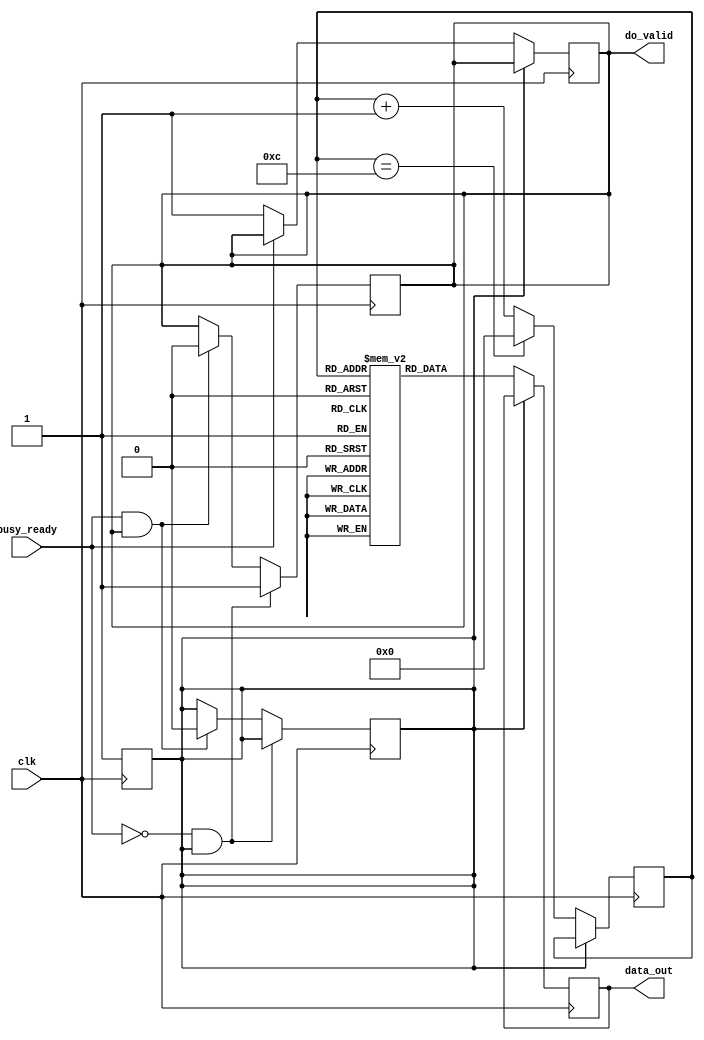
// ls_source.v
//
// lock-step data source
//

`default_nettype none

/**
       +--------------------+
       | source             |
       |                    |   Nd
------>|clk         data_out|---/-->
       |                    |
       |            do_valid|------>
       |                    |
       |         busy/_ready|<------
       |                    |
       +--------------------+
**/

module source #(
  parameter              Nd = 8           // number of data bits
) (
  input                  clk,             // clock signal

  output        [Nd-1:0] data_out,        // output data
  output                 do_valid,        // output valid
  input                  busy_ready       // 1=busy, 0=ready
);

  reg full = 1'b0;
  reg [Nd-1:0] data;
  reg valid = 1'b0;
  wire busy;

  assign data_out = data;
  assign do_valid = valid;
  assign busy = busy_ready;

  localparam N = 4;
  reg [7:0] msg [0:(1<<N)-1];
  reg [N-1:0] index = 0;
  initial
    begin
      msg[0] = "L";
      msg[1] = "o";
      msg[2] = "r";
      msg[3] = "e";
      msg[4] = "m";
      msg[5] = " ";
      msg[6] = "I";
      msg[7] = "p";
      msg[8] = "s";
      msg[9] = "u";
      msg[10] = "m";
      msg[11] = 8'h0D;
      msg[12] = 8'h0A;
    end
  localparam LAST = 12;

  // input interface
  always @(posedge clk)
    if (!full)
      begin
        data <= msg[index];
        index <= (index == LAST) ? 0 : index + 1'b1;
        full <= 1'b1;
        if (!busy)
          valid <= 1'b1;
      end

  // output interface
  always @(posedge clk)
    if (!busy && full)
      valid <= 1'b1;
    else if (busy && valid)
      begin
        valid <= 1'b0;
        full <= 1'b0;
      end

endmodule